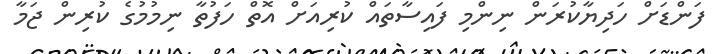
ފަންޑަށް ހަދިޔާކުރަން ނިންމި ފައިސާތައް ކުރިއަށް އޮތް ހަފުތާ ނިމުމުގެ ކުރިން ޖަމާ